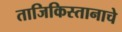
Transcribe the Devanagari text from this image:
ताजिकिस्तानाचे